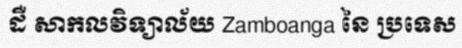
ដឺ សាកលវិទ្យាល័យ Zamboanga នៃ ប្រទេស